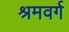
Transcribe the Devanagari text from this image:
श्रमवर्ग